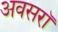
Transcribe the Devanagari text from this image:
अवसरॉ